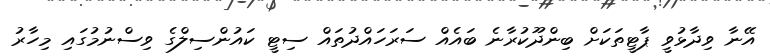
އޭނާ ވިދާޅުވީ ޕާޓީތަކަށް ބިންދޫކުރާނެ ބައެއް ސަރަހައްދުތައް ސިޓީ ކައުންސިލްގެ ވިސްނުމުގައި މިހާރު